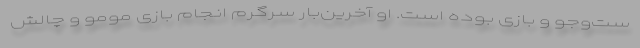
ست‌وجو و بازی بوده است. او آخرین‌بار سرگرم انجام بازی مومو و چالش